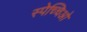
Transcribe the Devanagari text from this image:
स्पेच्चिओ